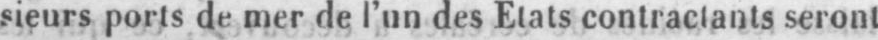
sieurs ports de mer de l’un des Etats contractants seront